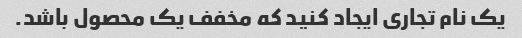
یک نام تجاری ایجاد کنید که مخفف یک محصول باشد.